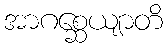
အာဂစ္ဆေယျာတိ